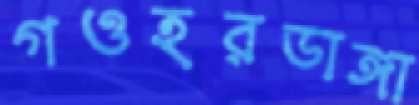
গওহরডাঙ্গা